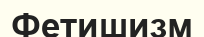
Фетишизм